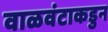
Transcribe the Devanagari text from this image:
वाळवंटाकडुन